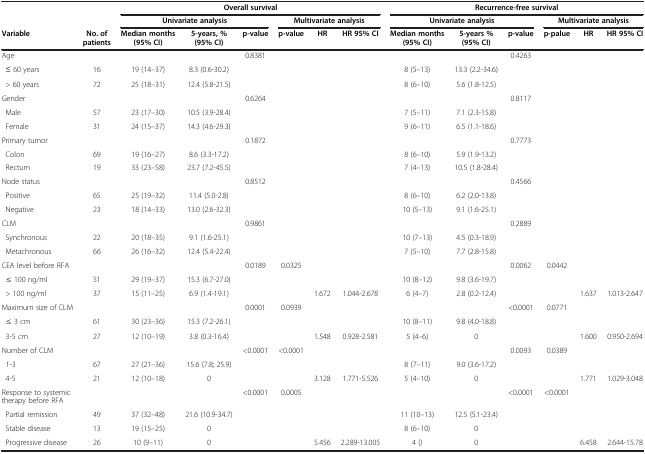
<table><thead><tr><td><b> </b></td><td><b> </b></td><td colspan="6"><b>Overall survival</b></td><td colspan="6"><b>Recurrence-free survival</b></td></tr><tr><td><b> </b></td><td><b> </b></td><td colspan="3"><b>Univariate analysis</b></td><td colspan="3"><b>Multivariate analysis</b></td><td colspan="3"><b>Univariate analysis</b></td><td colspan="3"><b>Multivariate analysis</b></td></tr><tr><td><b>Variable</b></td><td><b>No. of patients</b></td><td><b>Median months (95% CI)</b></td><td><b>5-years, % (95% CI)</b></td><td><b>p-value</b></td><td><b>p-value</b></td><td><b>HR</b></td><td><b>HR 95% CI</b></td><td><b>Median months (95% CI)</b></td><td><b>5-years % (95% CI)</b></td><td><b>p-value</b></td><td><b>p-palue</b></td><td><b>HR</b></td><td><b>HR 95% CI</b></td></tr></thead><tbody><tr><td>Age</td><td> </td><td> </td><td> </td><td>0.8381</td><td> </td><td> </td><td> </td><td> </td><td> </td><td>0.4263</td><td> </td><td> </td><td> </td></tr><tr><td> ≤ 60 years</td><td>16</td><td>19 (14–37)</td><td>8.3 (0.6-30.2)</td><td> </td><td> </td><td> </td><td> </td><td>8 (5–13)</td><td>13.3 (2.2-34.6)</td><td> </td><td> </td><td> </td><td> </td></tr><tr><td> &gt; 60 years</td><td>72</td><td>25 (18–31)</td><td>12.4 (5.8-21.5)</td><td> </td><td> </td><td> </td><td> </td><td>8 (6–10)</td><td>5.6 (1.8-12.5)</td><td> </td><td> </td><td> </td><td> </td></tr><tr><td>Gender</td><td> </td><td> </td><td> </td><td>0.6264</td><td> </td><td> </td><td> </td><td> </td><td> </td><td>0.8117</td><td> </td><td> </td><td> </td></tr><tr><td> Male</td><td>57</td><td>23 (17–30)</td><td>10.5 (3.9-28.4)</td><td> </td><td> </td><td> </td><td> </td><td>7 (5–11)</td><td>7.1 (2.3-15.8)</td><td> </td><td> </td><td> </td><td> </td></tr><tr><td> Female</td><td>31</td><td>24 (15–37)</td><td>14.3 (4.6-29.3)</td><td> </td><td> </td><td> </td><td> </td><td>9 (6–11)</td><td>6.5 (1.1-18.6)</td><td> </td><td> </td><td> </td><td> </td></tr><tr><td>Primary tumor</td><td> </td><td> </td><td> </td><td>0.1872</td><td> </td><td> </td><td> </td><td> </td><td> </td><td>0.7773</td><td> </td><td> </td><td> </td></tr><tr><td> Colon</td><td>69</td><td>19 (16–27)</td><td>8.6 (3.3-17.2)</td><td> </td><td> </td><td> </td><td> </td><td>8 (6–10)</td><td>5.9 (1.9-13.2)</td><td> </td><td> </td><td> </td><td> </td></tr><tr><td> Rectum</td><td>19</td><td>33 (23–58)</td><td>23.7 (7.2-45.5)</td><td> </td><td> </td><td> </td><td> </td><td>7 (4–13)</td><td>10.5 (1.8-28.4)</td><td> </td><td> </td><td> </td><td> </td></tr><tr><td>Node status</td><td> </td><td> </td><td> </td><td>0.8512</td><td> </td><td> </td><td> </td><td> </td><td> </td><td>0.4566</td><td> </td><td> </td><td> </td></tr><tr><td> Positive</td><td>65</td><td>25 (19–32)</td><td>11.4 (5.0-2.8)</td><td> </td><td> </td><td> </td><td> </td><td>8 (6–10)</td><td>6.2 (2.0-13.8)</td><td> </td><td> </td><td> </td><td> </td></tr><tr><td> Negative</td><td>23</td><td>18 (14–33)</td><td>13.0 (2.6-32.3)</td><td> </td><td> </td><td> </td><td> </td><td>10 (5–13)</td><td>9.1 (1.6-25.1)</td><td> </td><td> </td><td> </td><td> </td></tr><tr><td>CLM</td><td> </td><td> </td><td> </td><td>0.9861</td><td> </td><td> </td><td> </td><td> </td><td> </td><td>0.2889</td><td> </td><td> </td><td> </td></tr><tr><td> Synchronous</td><td>22</td><td>20 (18–35)</td><td>9.1 (1.6-25.1)</td><td> </td><td> </td><td> </td><td> </td><td>10 (7–13)</td><td>4.5 (0.3-18.9)</td><td> </td><td> </td><td> </td><td> </td></tr><tr><td> Metachronous</td><td>66</td><td>26 (16–32)</td><td>12.4 (5.4-22.4)</td><td> </td><td> </td><td> </td><td> </td><td>7 (5–10)</td><td>7.7 (2.8-15.8)</td><td> </td><td> </td><td> </td><td> </td></tr><tr><td>CEA level before RFA</td><td> </td><td> </td><td> </td><td>0.0189</td><td>0.0325</td><td> </td><td> </td><td> </td><td> </td><td>0.0062</td><td>0.0442</td><td> </td><td> </td></tr><tr><td> ≤ 100 ng/ml</td><td>51</td><td>29 (19–37)</td><td>15.3 (6.7-27.0)</td><td> </td><td> </td><td> </td><td> </td><td>10 (8–12)</td><td>9.8 (3.6-19.7)</td><td> </td><td> </td><td> </td><td> </td></tr><tr><td> &gt; 100 ng/ml</td><td>37</td><td>15 (11–25)</td><td>6.9 (1.4-19.1)</td><td> </td><td> </td><td>1.672</td><td>1.044-2.678</td><td>6 (4–7)</td><td>2.8 (0.2-12.4)</td><td> </td><td> </td><td>1.637</td><td>1.013-2.647</td></tr><tr><td>Maximum size of CLM</td><td> </td><td> </td><td> </td><td>0.0001</td><td>0.0939</td><td> </td><td> </td><td> </td><td> </td><td>&lt;0.0001</td><td>0.0771</td><td> </td><td> </td></tr><tr><td> ≤ 3 cm</td><td>61</td><td>30 (23–36)</td><td>15.3 (7.2-26.1)</td><td> </td><td> </td><td> </td><td> </td><td>10 (8–11)</td><td>9.8 (4.0-18.8)</td><td> </td><td> </td><td> </td><td> </td></tr><tr><td> 3-5 cm</td><td>27</td><td>12 (10–19)</td><td>3.8 (0.3-16.4)</td><td> </td><td> </td><td>1.548</td><td>0.928-2.581</td><td>5 (4–6)</td><td>0</td><td> </td><td> </td><td>1.600</td><td>0.950-2.694</td></tr><tr><td>Number of CLM</td><td> </td><td> </td><td> </td><td>&lt;0.0001</td><td>&lt;0.0001</td><td> </td><td> </td><td> </td><td> </td><td>0.0093</td><td>0.0389</td><td> </td><td> </td></tr><tr><td> 1-3</td><td>67</td><td>27 (21–36)</td><td>15.6 (7.8; 25.9)</td><td> </td><td> </td><td> </td><td> </td><td>8 (7–11)</td><td>9.0 (3.6-17.2)</td><td> </td><td> </td><td> </td><td> </td></tr><tr><td> 4-5</td><td>21</td><td>12 (10–18)</td><td>0</td><td> </td><td> </td><td>3.128</td><td>1.771-5.526</td><td>5 (4–10)</td><td>0</td><td> </td><td> </td><td>1.771</td><td>1.029-3.048</td></tr><tr><td>Response to systemic therapy before RFA</td><td> </td><td> </td><td> </td><td>&lt;0.0001</td><td>0.0005</td><td> </td><td> </td><td> </td><td> </td><td>&lt;0.0001</td><td>&lt;0.0001</td><td> </td><td> </td></tr><tr><td> Partial remission</td><td>49</td><td>37 (32–48)</td><td>21.6 (10.9-34.7)</td><td> </td><td> </td><td> </td><td> </td><td>11 (10–13)</td><td>12.5 (5.1-23.4)</td><td> </td><td> </td><td> </td><td> </td></tr><tr><td> Stable disease</td><td>13</td><td>19 (15–25)</td><td>0</td><td> </td><td> </td><td> </td><td> </td><td>8 (6–10)</td><td>0</td><td> </td><td> </td><td> </td><td> </td></tr><tr><td> Progressive disease</td><td>26</td><td>10 (9–11)</td><td>0</td><td> </td><td> </td><td>5.456</td><td>2.289-13.005</td><td>4 ()</td><td>0</td><td> </td><td> </td><td>6.458</td><td>2.644-15.78</td></tr></tbody></table>